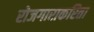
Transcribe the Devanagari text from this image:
रोजगाराकरिता